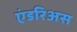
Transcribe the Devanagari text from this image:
एंडरिअस